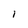
Character: I